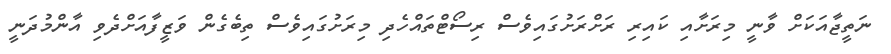
ނަތީޖާއަކަށް ވާނީ މިރަށާއި ކައިރި ރަށްރަށުގައިވެސް ރިސޯޓްތައްހެދި މިރަށުގައިވެސް ތިބެގެން ވަޒީފާއަށްދެވި އާންމުދަނީ